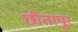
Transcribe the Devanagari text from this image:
छीतापुर